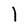
Character: l